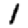
Digit: 1